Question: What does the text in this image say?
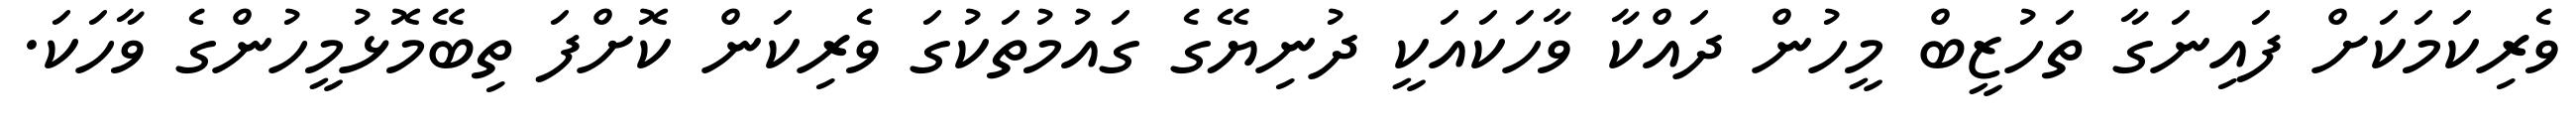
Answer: ވެރިކަމަކަށް ފައިނަގާ ތަހުޒީބް މީހުން ދައްކާ ވާހަކައަކީ ދުނިޔޭގެ ގައުމުތަކުގަ ވެރިކަން ކޮށްފަ ތިބޭމޮޅުމީހުންގެ ވާހަކަ.